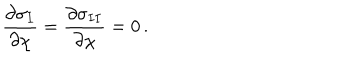
{ \frac { \partial \sigma _ { I } } { \partial \chi } } = { \frac { \partial \sigma _ { I I } } { \partial \chi } } = 0 \, .